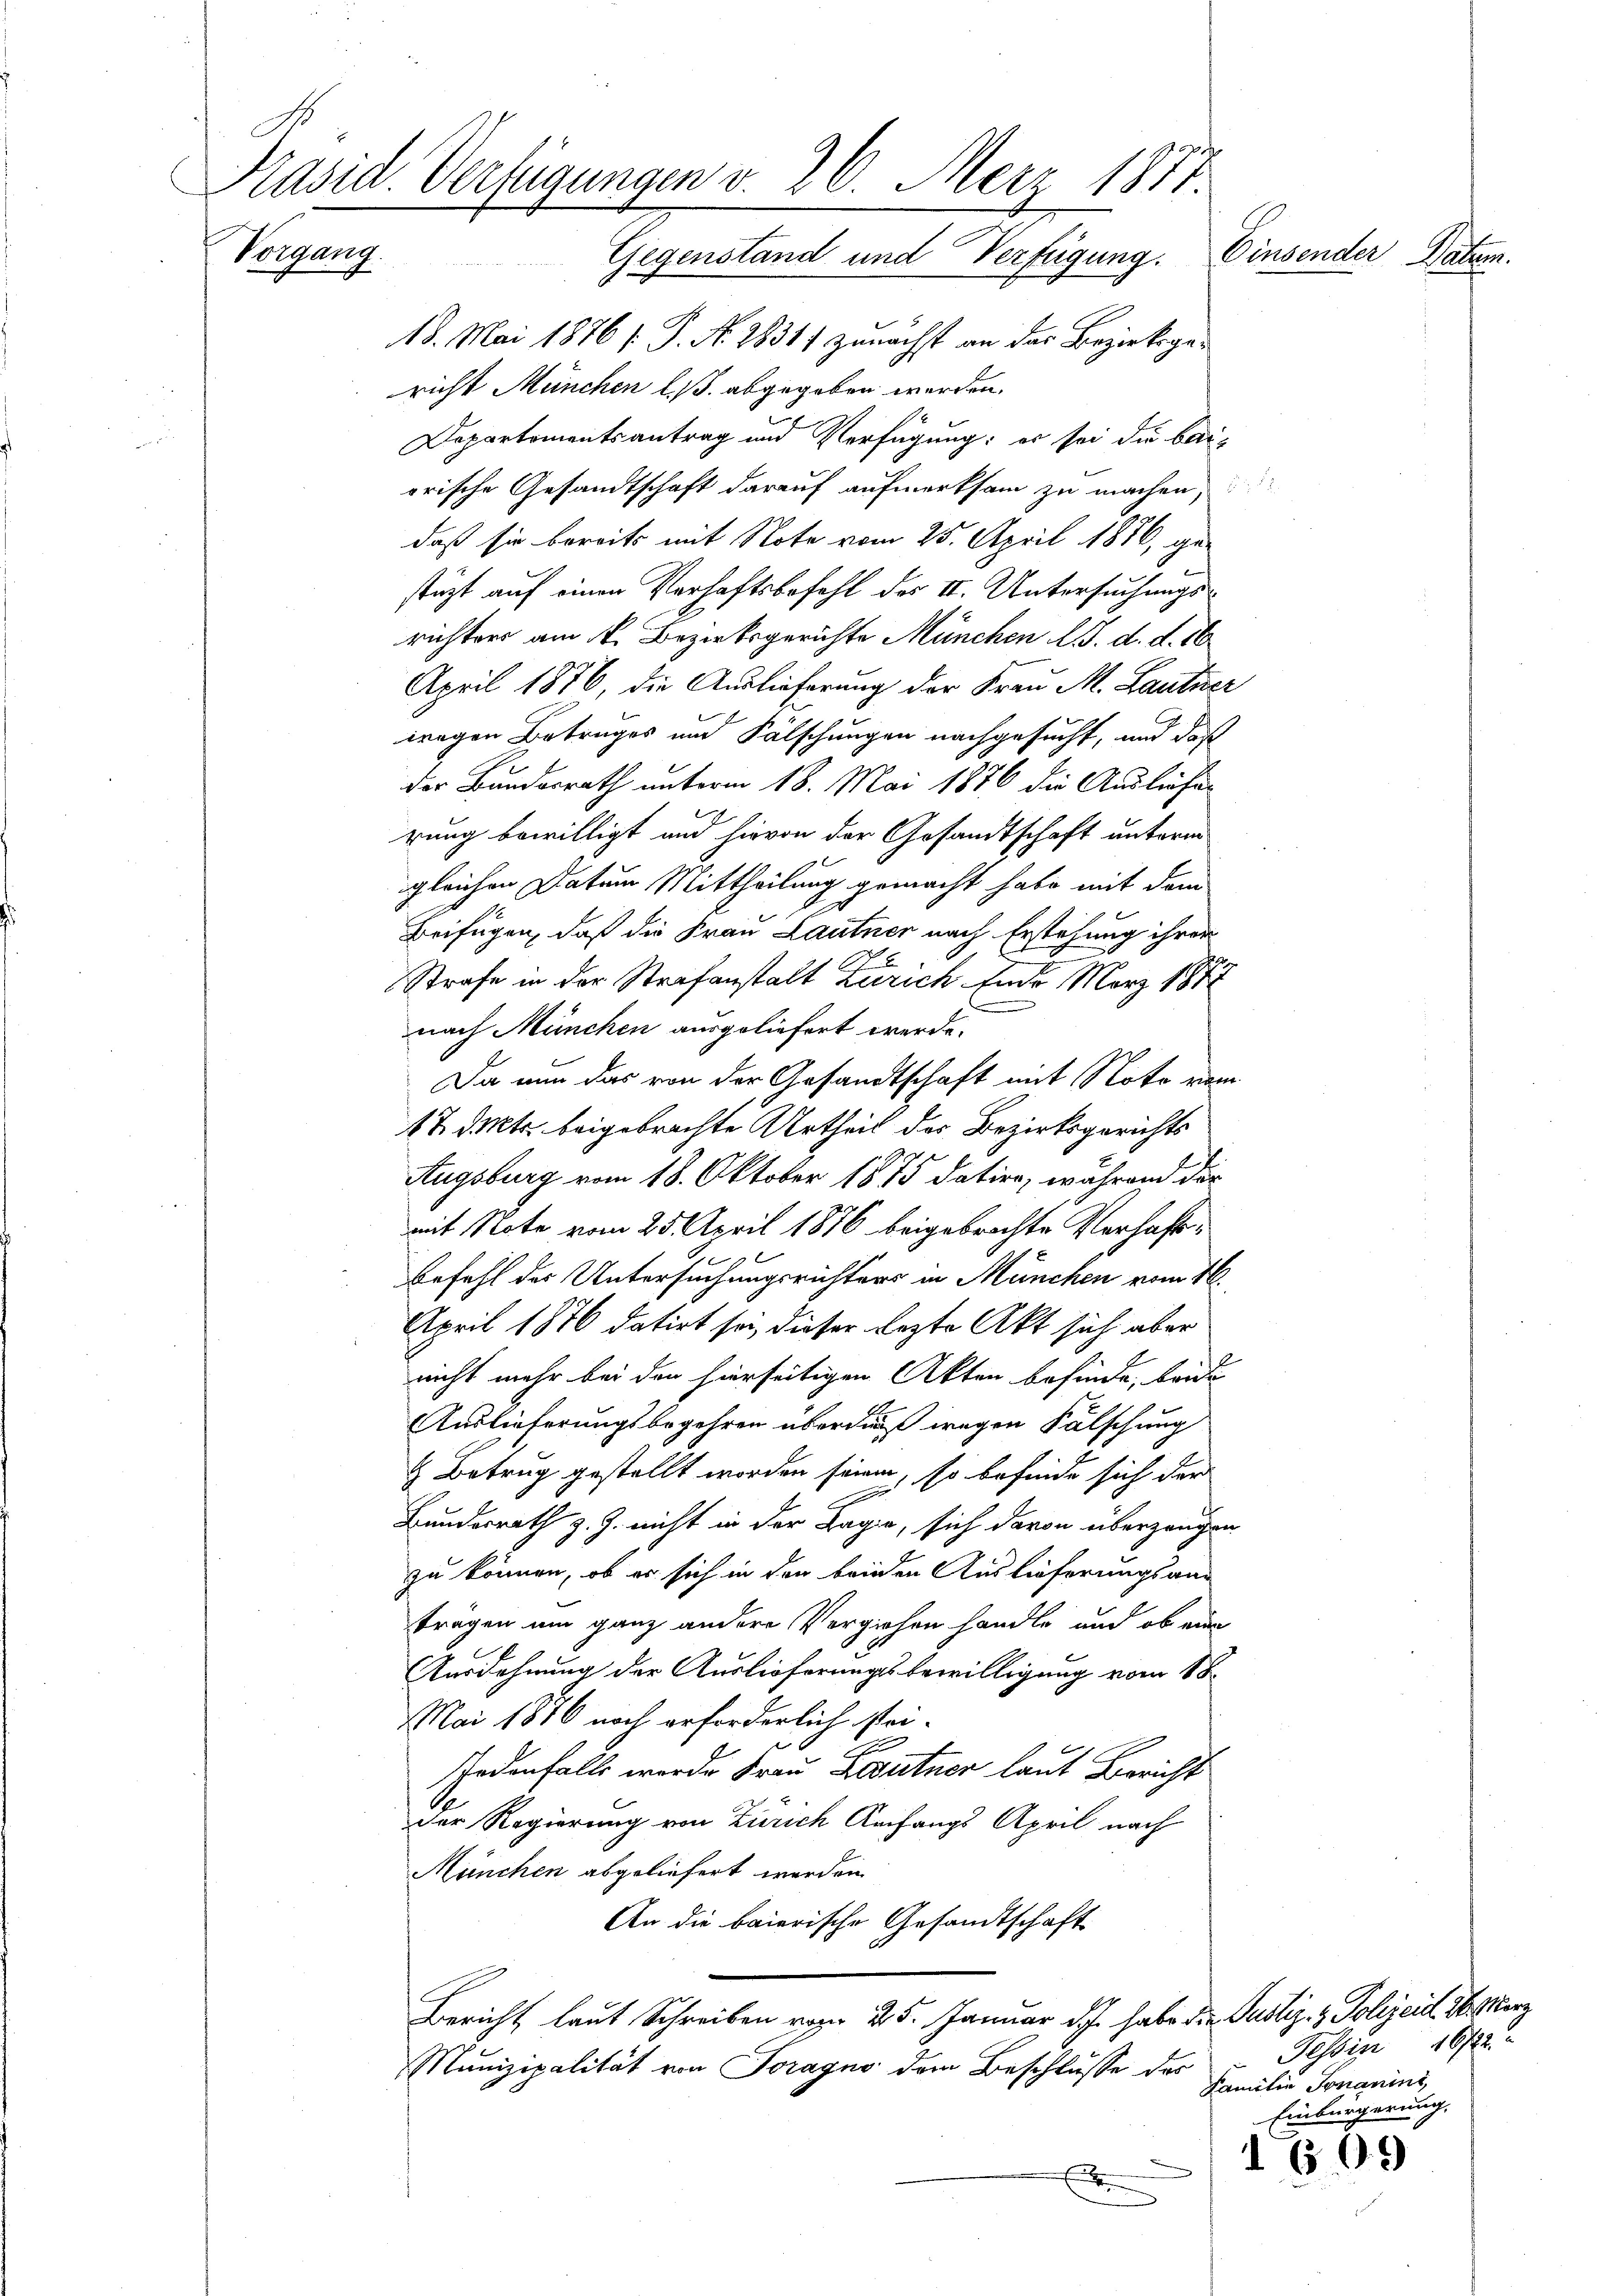
Präsid. Verfügungen v. 26. Merz 1871.
Vorgang.
Einsender Datum.
Gegenstand und Verfügung.

18. Mai 1876 s. S. N. 28311 zunächst an das Bezirksgericht München l. B. abgegeben werden.
Departementsantrag und Verfügung: es sei die baiorische Gesandtschaft darauf aufmerksam zu machen,
daß sie bereits mit Note vom 25. April 1876, gestüzt auf einen Verhaftsbefehl des II. Untersuchungsrichters am 4. Bezirksgerichte München d. d. d. 16
April 1876, die Auslieferung der Frau M. Lautner
wegen Betruges und Fälschungen nachgesucht, und daß
der Bundesrath unterm 18. Mai 1876 die Ausliefe
J
rung bewilligt und hievon der Gesandtschaft unterm
gleichen Datum Mittheilung gemacht habe mit dem
Beifügen, daß die Frau Lautner nach Erstehung ihren

Strafe in der Strafanstalt Zürich. Ende März 1872
nach München ausgeliefert werde.
Da nun das von der Gesandtschaft mit Note vom
17. Mts. beigebrachte Urtheil des Bezirksgerichts
Augsburg vom 18. Oktober 1875 datire, während der
mit Note vom 25. April 1876 beigebrachte Verhaft¬
Befehl der Untersuchungsrichters in München vom 16.
April 1876 datirt sei, dieser lezte Akt sich aber
nicht mehr bei den hierseitigen Akten befinde, beide
Auslieferungsbegehren überdieß wegen Fälschung
& Betrug gestellt worden seien, so befinde sich der
Bundesrath z. Z. nicht in der Lage, sich davon überzeugen
zu können, ob er sich in den beiden Auslieferungsan-
tragen um ganz andere Verziehen handle und ob eine
Ausdehnung der Auslieferungsbewilligung vom 18.
Mai 1876 noch erforderlich stei¬
Ih
Jedenfalls werde Frau Leutner laut Bericht
der Regierung von Zürich Anfangs April nach
München abgeliefert werden.
An die baierische Gesandtschaft
Bericht laut Schreiben vom 25. Januar d.J. habe die Justiz- & Polizeid Herz
Munizipalität von Soragno dem Beschlüsse des
d

Tessin 16722.
Familie Jonanini,
Einbürgerung.

1709